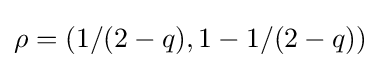
\rho =(1/(2-q),1-1/(2-q))